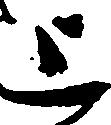
上